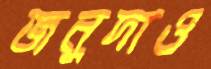
জনুদাও